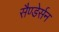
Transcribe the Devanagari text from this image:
सैण्डेर्सन